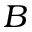
\boldsymbol { B }